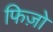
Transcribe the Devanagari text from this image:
फिज़ो